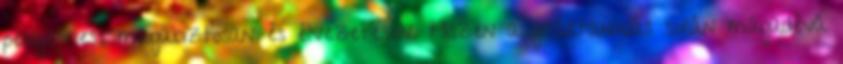
pengethess magabiztosan és élvezetesen. Hiszen a gitártanulás során magadévá